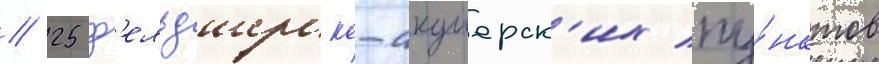
/ 25 ф'ельдшерско-акушерск'их пу́нктов